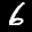
Label: 6